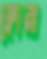
ফ্লোরা